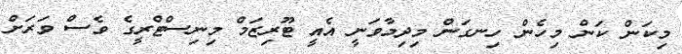
މިކަން ކަން މިހެން ހިނގަން މިދިމާވަނީ އެއީ ޓޫރިޒަމް މިނިސްޓްރީގެ ވެސް ވަރަށް